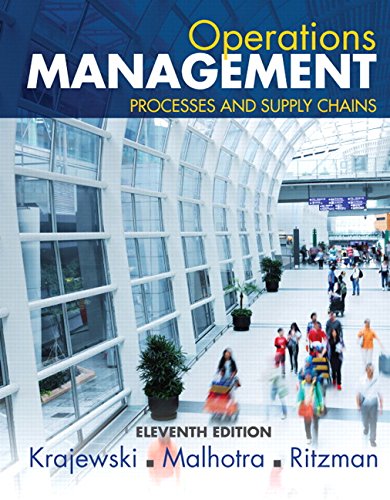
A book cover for Operations Management: Processes and Supply Chains (11th Edition); Lee J. Krajewski; Business & Money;